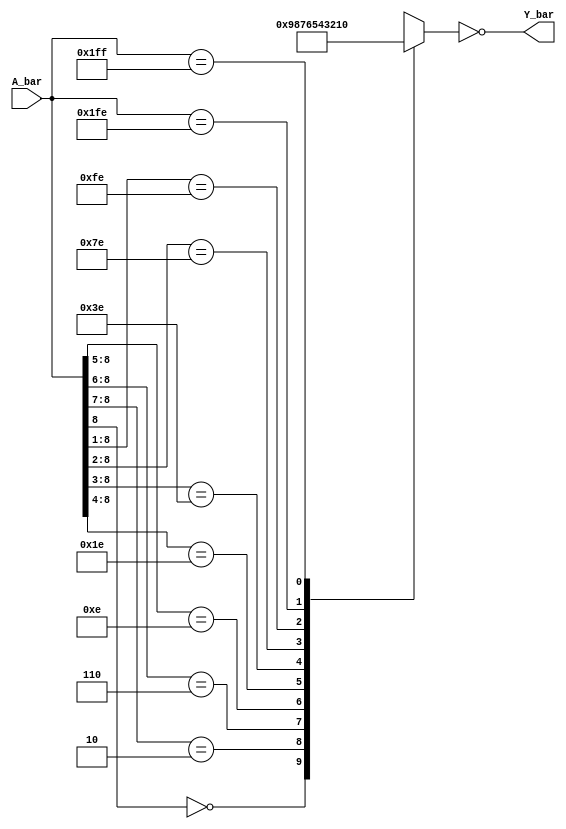
// 10-line to 4-line priority encoder

module ttl_74147 #(parameter WIDTH_IN = 9, WIDTH_OUT = 4, DELAY_RISE = 0, DELAY_FALL = 0)
(
  input [WIDTH_IN-1:0] A_bar,
  output [WIDTH_OUT-1:0] Y_bar
);

//------------------------------------------------//
reg [WIDTH_OUT-1:0] computed;

always @(*)
begin
  casez (A_bar)
    9'b0????????: computed = 4'b1001;  // highest priority (inverted)
    9'b10???????: computed = 4'b1000;
    9'b110??????: computed = 4'b0111;
    9'b1110?????: computed = 4'b0110;
    9'b11110????: computed = 4'b0101;
    9'b111110???: computed = 4'b0100;
    9'b1111110??: computed = 4'b0011;
    9'b11111110?: computed = 4'b0010;
    9'b111111110: computed = 4'b0001;
    9'b111111111: computed = 4'b0000;
    default:      computed = 4'b0000;
  endcase
end
//------------------------------------------------//

assign #(DELAY_RISE, DELAY_FALL) Y_bar = ~computed;

endmodule